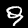
Label: 9